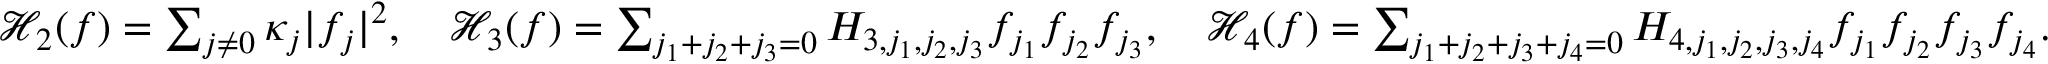
\begin{array} { r l } & { \mathcal { H } _ { 2 } ( f ) = \sum _ { j \ne 0 } \kappa _ { j } | f _ { j } | ^ { 2 } , \quad \mathcal { H } _ { 3 } ( f ) = \sum _ { j _ { 1 } + j _ { 2 } + j _ { 3 } = 0 } H _ { 3 , j _ { 1 } , j _ { 2 } , j _ { 3 } } f _ { j _ { 1 } } f _ { j _ { 2 } } f _ { j _ { 3 } } , \quad \mathcal { H } _ { 4 } ( f ) = \sum _ { j _ { 1 } + j _ { 2 } + j _ { 3 } + j _ { 4 } = 0 } H _ { 4 , j _ { 1 } , j _ { 2 } , j _ { 3 } , j _ { 4 } } f _ { j _ { 1 } } f _ { j _ { 2 } } f _ { j _ { 3 } } f _ { j _ { 4 } } . } \end{array}